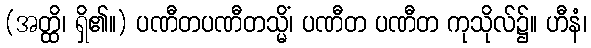
(အတ္ထိ၊ ရှိ၏။) ပဏီတပဏီတသ္မိံ၊ ပဏီတ ပဏီတ ကုသိုလ်၌။ ဟီနံ၊